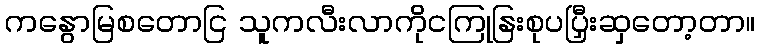
ကနွောမြစတောငြ သူကလီးလာကိုငကြုနြးစုပပြှီးဆှတော့တာ။